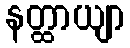
နတ္ထာယျာ